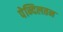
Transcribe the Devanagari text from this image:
पेन्दिलतन